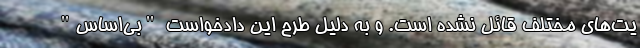
یت‌های مختلف قائل نشده است. و به دلیل طرح این دادخواست "بی‌اساس"